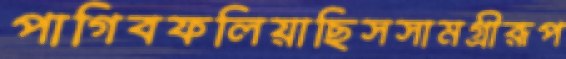
পাগিবফলিয়াছিসসামগ্রীরূপ